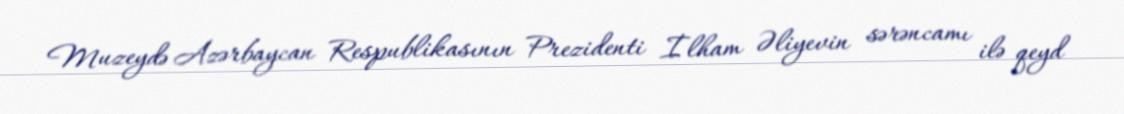
Muzeydə Azərbaycan Respublikasının Prezidenti İlham Əliyevin sərəncamı ilə qeyd